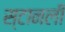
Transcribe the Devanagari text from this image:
स्टानली